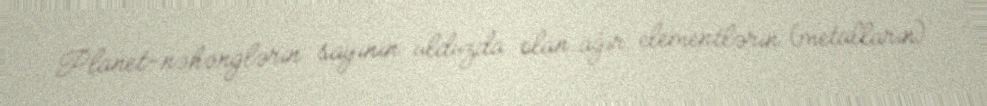
Planet-nəhənglərin sayının ulduzda olan ağır elementlərin (metalların)